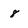
Character: 8